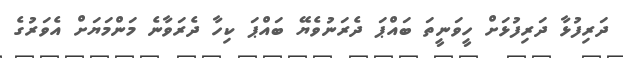
ދަރިފުޅާ ދަރިފުޅަށް ހީވަނީތަ ބައްޕަ ދެރަނުވެޔޭ ބައްޕަ ކިހާ ދެރަވާނެ މަންމަޔަށް އެވަރުގެ